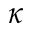
\kappa